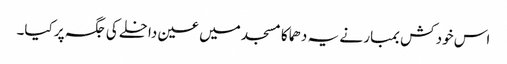
اس خود کش بمبار نے یہ دھماکا مسجد میں عین داخلے کی جگہ پر کیا۔